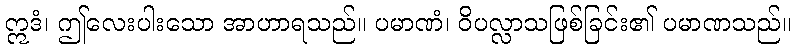
ဣဒံ၊ ဤလေးပါးသော အာဟာရသည်။ ပမာဏံ၊ ဝိပလ္လာသဖြစ်ခြင်း၏ ပမာဏသည်။